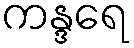
ကန္ဒရေ